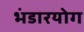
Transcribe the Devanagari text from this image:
भंडारयोग